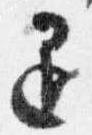
退